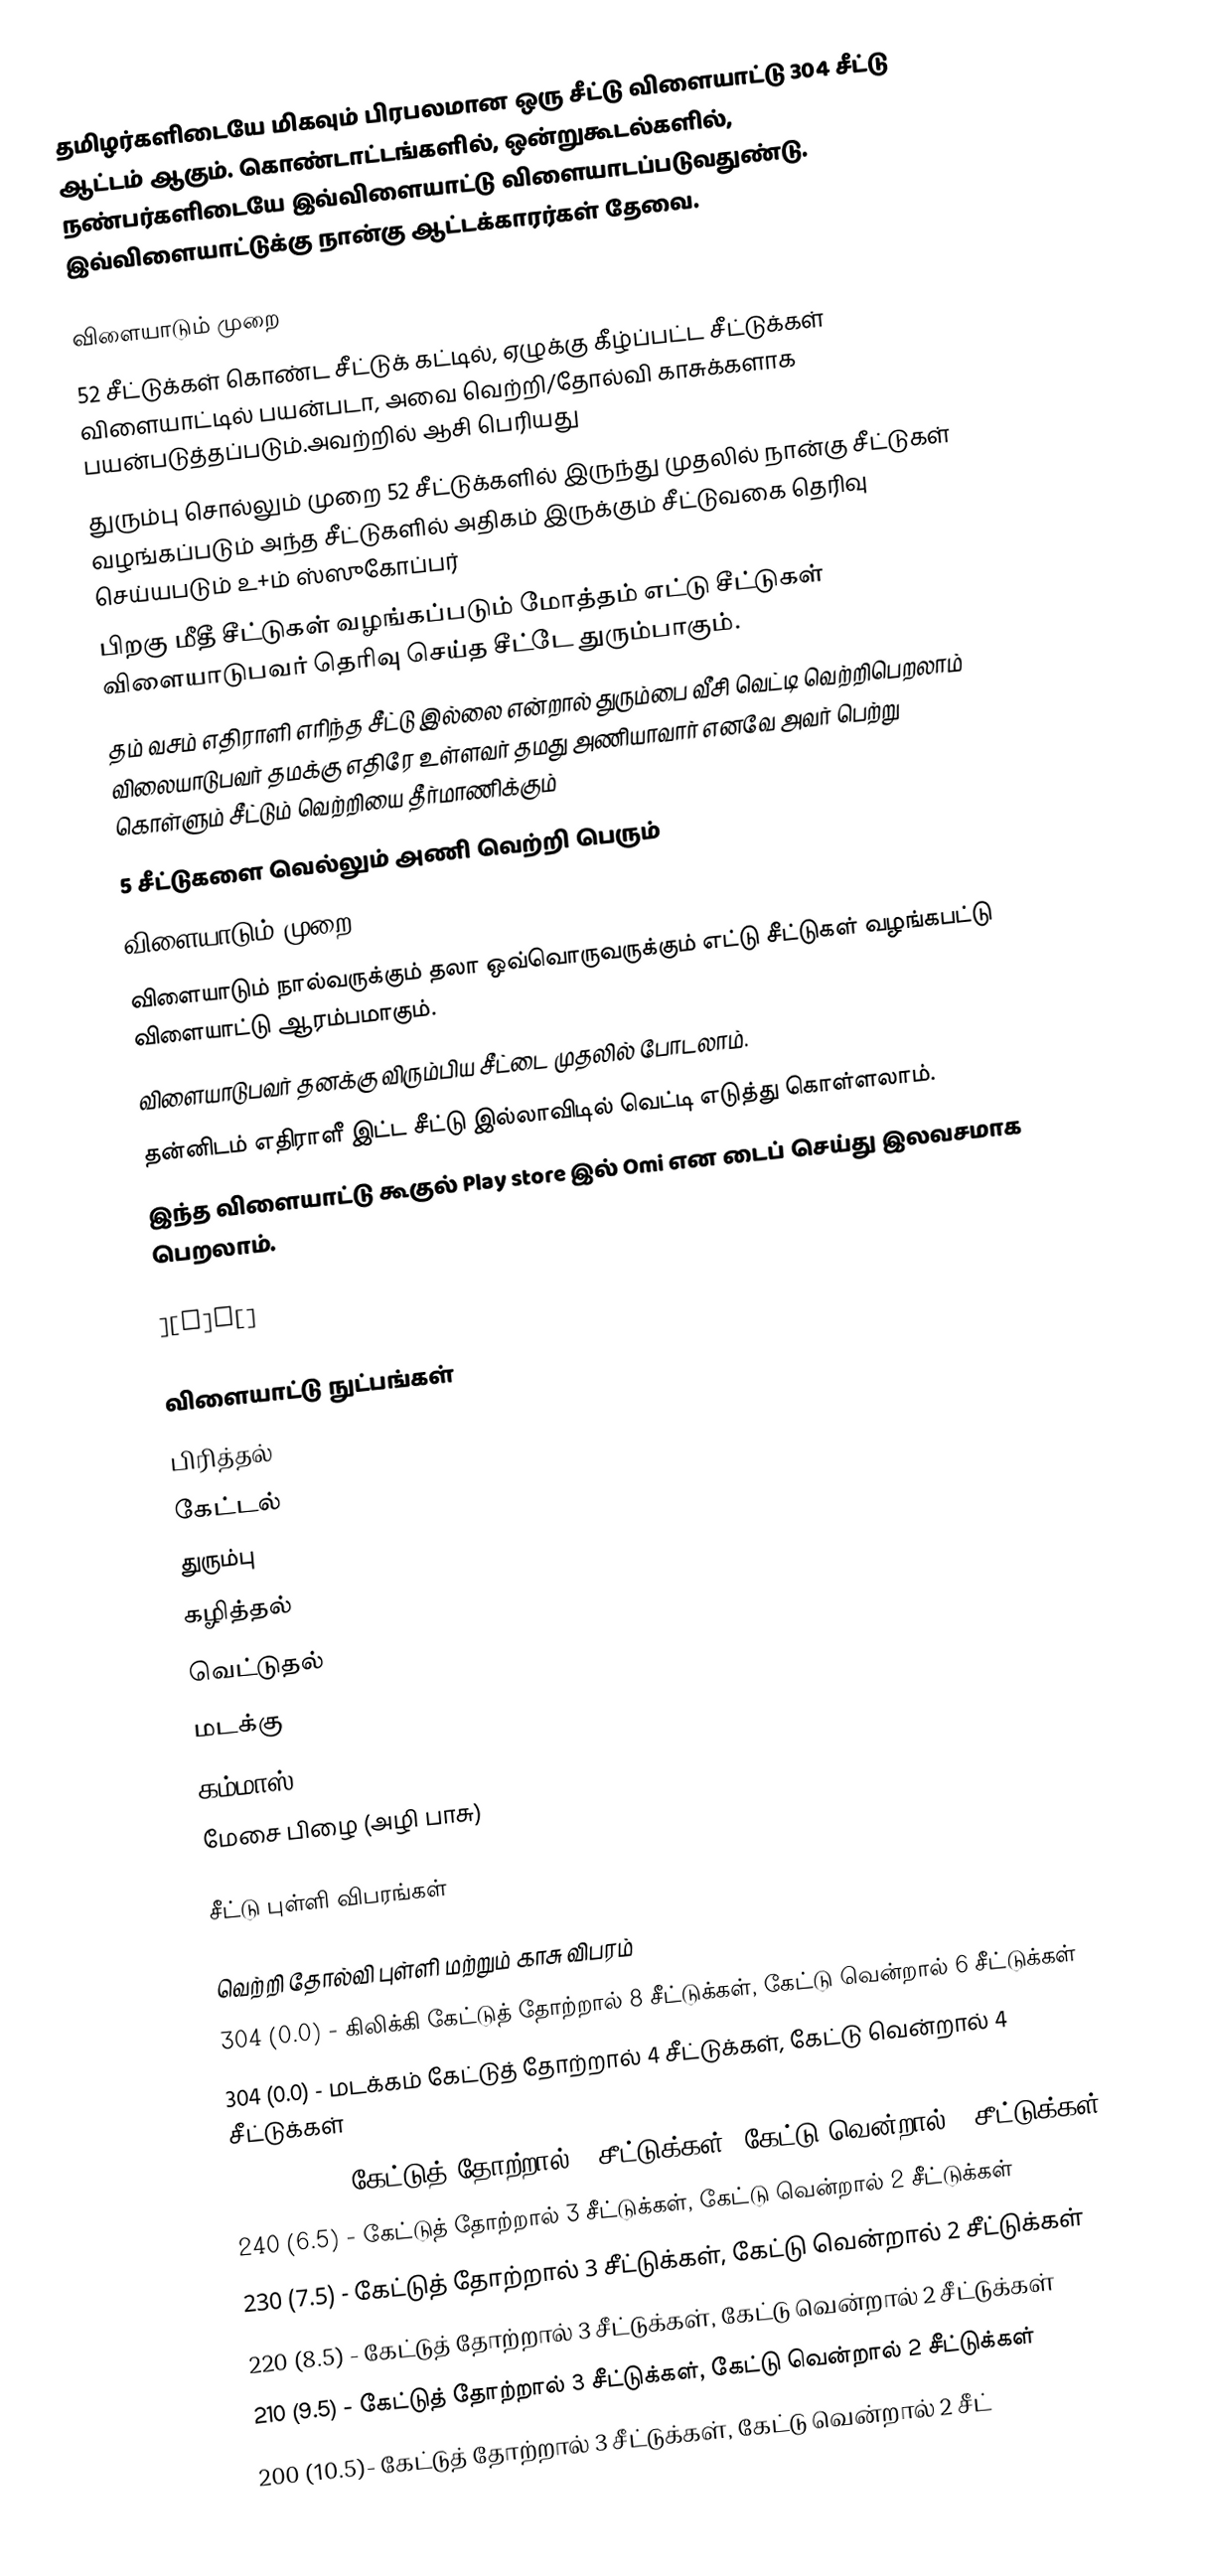
தமிழர்களிடையே மிகவும் பிரபலமான ஒரு சீட்டு விளையாட்டு 304 சீட்டு ஆட்டம் ஆகும். கொண்டாட்டங்களில், ஒன்றுகூடல்களில், நண்பர்களிடையே இவ்விளையாட்டு விளையாடப்படுவதுண்டு. இவ்விளையாட்டுக்கு நான்கு ஆட்டக்காரர்கள் தேவை.

விளையாடும் முறை
52 சீட்டுக்கள் கொண்ட சீட்டுக் கட்டில், ஏழுக்கு கீழ்ப்பட்ட சீட்டுக்கள் விளையாட்டில் பயன்படா, அவை வெற்றி/தோல்வி காசுக்களாக பயன்படுத்தப்படும்.அவற்றில் ஆசி பெரியது
துரும்பு சொல்லும் முறை 52 சீட்டுக்களில் இருந்து முதலில் நான்கு சீட்டுகள் வழங்கப்படும் அந்த சீட்டுகளில் அதிகம் இருக்கும் சீட்டுவகை தெரிவு செய்யபடும் உ+ம் ஸ்ஸுகோப்பர்
பிறகு மீதீ சீட்டுகள் வழங்கப்படும் மோத்தம் எட்டு சீட்டுகள் விளையாடுபவர் தெரிவு செய்த சீட்டே துரும்பாகும்.
தம் வசம் எதிராளி எரிந்த சீட்டு இல்லை என்றால் துரும்பை வீசி வெட்டி வெற்றிபெறலாம் விலையாடுபவர் தமக்கு எதிரே உள்ளவர் தமது அணியாவார் எனவே அவர் பெற்று கொள்ளும் சீட்டும் வெற்றியை தீர்மாணிக்கும்
5 சீட்டுகளை வெல்லும் அணி வெற்றி பெரும்
விளையாடும் முறை
விளையாடும் நால்வருக்கும் தலா ஒவ்வொருவருக்கும் எட்டு சீட்டுகள் வழங்கபட்டு விளையாட்டு ஆரம்பமாகும்.
விளையாடுபவர் தனக்கு விரும்பிய சீட்டை முதலில் போடலாம்.
தன்னிடம் எதிராளீ இட்ட சீட்டு இல்லாவிடில் வெட்டி எடுத்து கொள்ளலாம்.
இந்த விளையாட்டு கூகுல் Play store இல் Omi என டைப் செய்து இலவசமாக பெறலாம்.

][p]p[]

விளையாட்டு நுட்பங்கள்
 பிரித்தல்
 கேட்டல்
 துரும்பு
 கழித்தல்
 வெட்டுதல்
 மடக்கு
 கம்மாஸ்
 மேசை பிழை (அழி பாசு)

சீட்டு புள்ளி விபரங்கள்

வெற்றி தோல்வி புள்ளி மற்றும் காசு விபரம்
 304 (0.0) - கிலிக்கி கேட்டுத் தோற்றால் 8 சீட்டுக்கள், கேட்டு வென்றால் 6 சீட்டுக்கள்
 304 (0.0) - மடக்கம் கேட்டுத் தோற்றால் 4 சீட்டுக்கள், கேட்டு வென்றால் 4 சீட்டுக்கள்
 250 (5.5) - கேட்டுத் தோற்றால் 4 சீட்டுக்கள், கேட்டு வென்றால் 3 சீட்டுக்கள்
 240 (6.5) - கேட்டுத் தோற்றால் 3 சீட்டுக்கள், கேட்டு வென்றால் 2 சீட்டுக்கள்
 230 (7.5) - கேட்டுத் தோற்றால் 3 சீட்டுக்கள், கேட்டு வென்றால் 2 சீட்டுக்கள்
 220 (8.5) - கேட்டுத் தோற்றால் 3 சீட்டுக்கள், கேட்டு வென்றால் 2 சீட்டுக்கள்
 210 (9.5) - கேட்டுத் தோற்றால் 3 சீட்டுக்கள், கேட்டு வென்றால் 2 சீட்டுக்கள்
 200 (10.5)- கேட்டுத் தோற்றால் 3 சீட்டுக்கள், கேட்டு வென்றால் 2 சீட்